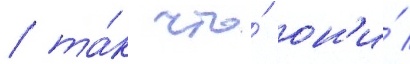
/ та́к что́ он'и́